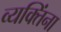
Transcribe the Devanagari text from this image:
व्यक्‍तिंना